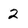
Character: 2